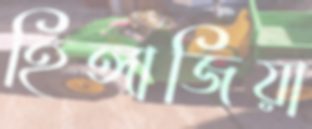
হিঙ্গাজিয়া